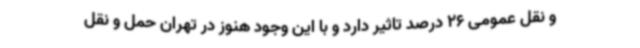
و نقل عمومی 26 درصد تاثیر دارد و با این وجود هنوز در تهران حمل و نقل